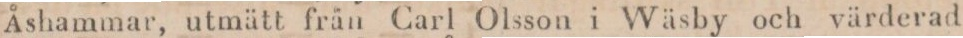
Åshammar, utmätt från Carl Olsson i Wäsby och värderad